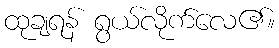
ထုချရန် ရွယ်လိုက်လေ၏။